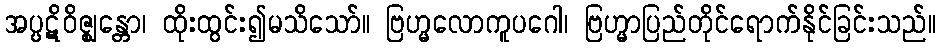
အပ္ပဋိဝိဇ္ဈန္တော၊ ထိုးထွင်း၍မသိသော်။ ဗြဟ္မလောကူပဂေါ၊ ဗြဟ္မာပြည်တိုင်ရောက်နိုင်ခြင်းသည်။